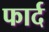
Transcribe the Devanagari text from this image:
फार्द